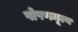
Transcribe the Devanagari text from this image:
पोषणमूल्य